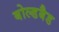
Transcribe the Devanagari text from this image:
बोल्डबैड